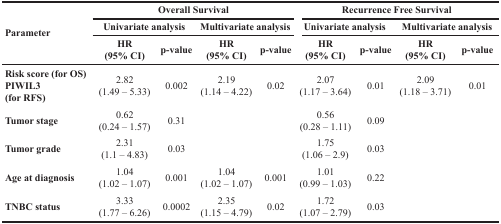
<table><thead><tr><td rowspan="3"><b>Parameter</b></td><td colspan="4"><b>Overall Survival</b></td><td colspan="4"><b>Recurrence Free Survival</b></td></tr><tr><td colspan="2"><b>Univariate analysis</b></td><td colspan="2"><b>Multivariate analysis</b></td><td colspan="2"><b>Univariate analysis</b></td><td colspan="2"><b>Multivariate analysis</b></td></tr><tr><td><b>HR (95% CI)</b></td><td><b>p-value</b></td><td><b>HR (95% CI)</b></td><td><b>p-value</b></td><td><b>HR (95% CI)</b></td><td><b>p-value</b></td><td><b>HR (95% CI)</b></td><td><b>p-value</b></td></tr></thead><tbody><tr><td><b>Risk score (for OS) PIWIL3 (for RFS)</b></td><td>2.82(1.49 – 5.33)</td><td>0.002</td><td>2.19(1.14 – 4.22)</td><td>0.02</td><td>2.07(1.17 – 3.64)</td><td>0.01</td><td>2.09(1.18 – 3.71)</td><td>0.01</td></tr><tr><td><b>Tumor stage</b></td><td>0.62(0.24 – 1.57)</td><td>0.31</td><td>[EMPTY_CELL]</td><td>[EMPTY_CELL]</td><td>0.56(0.28 – 1.11)</td><td>0.09</td><td>[EMPTY_CELL]</td><td>[EMPTY_CELL]</td></tr><tr><td><b>Tumor grade</b></td><td>2.31(1.1 – 4.83)</td><td>0.03</td><td>[EMPTY_CELL]</td><td>[EMPTY_CELL]</td><td>1.75(1.06 – 2.9)</td><td>0.03</td><td>[EMPTY_CELL]</td><td>[EMPTY_CELL]</td></tr><tr><td><b>Age at diagnosis</b></td><td>1.04(1.02 – 1.07)</td><td>0.001</td><td>1.04(1.02 – 1.07)</td><td>0.001</td><td>1.01(0.99 – 1.03)</td><td>0.22</td><td>[EMPTY_CELL]</td><td>[EMPTY_CELL]</td></tr><tr><td><b>TNBC status</b></td><td>3.33(1.77 – 6.26)</td><td>0.0002</td><td>2.35(1.15 – 4.79)</td><td>0.02</td><td>1.72(1.07 – 2.79)</td><td>0.03</td><td>[EMPTY_CELL]</td><td>[EMPTY_CELL]</td></tr></tbody></table>